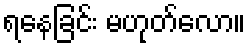
ရနေခြင်း မဟုတ်လော။